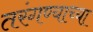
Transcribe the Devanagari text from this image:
तरंगण्याच्या